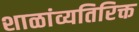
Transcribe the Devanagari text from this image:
शाळांव्यतिरिक्त